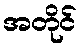
အတိုင်